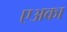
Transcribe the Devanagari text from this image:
एअका